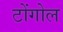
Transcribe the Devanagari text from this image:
टोंगोल